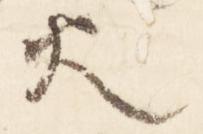
火